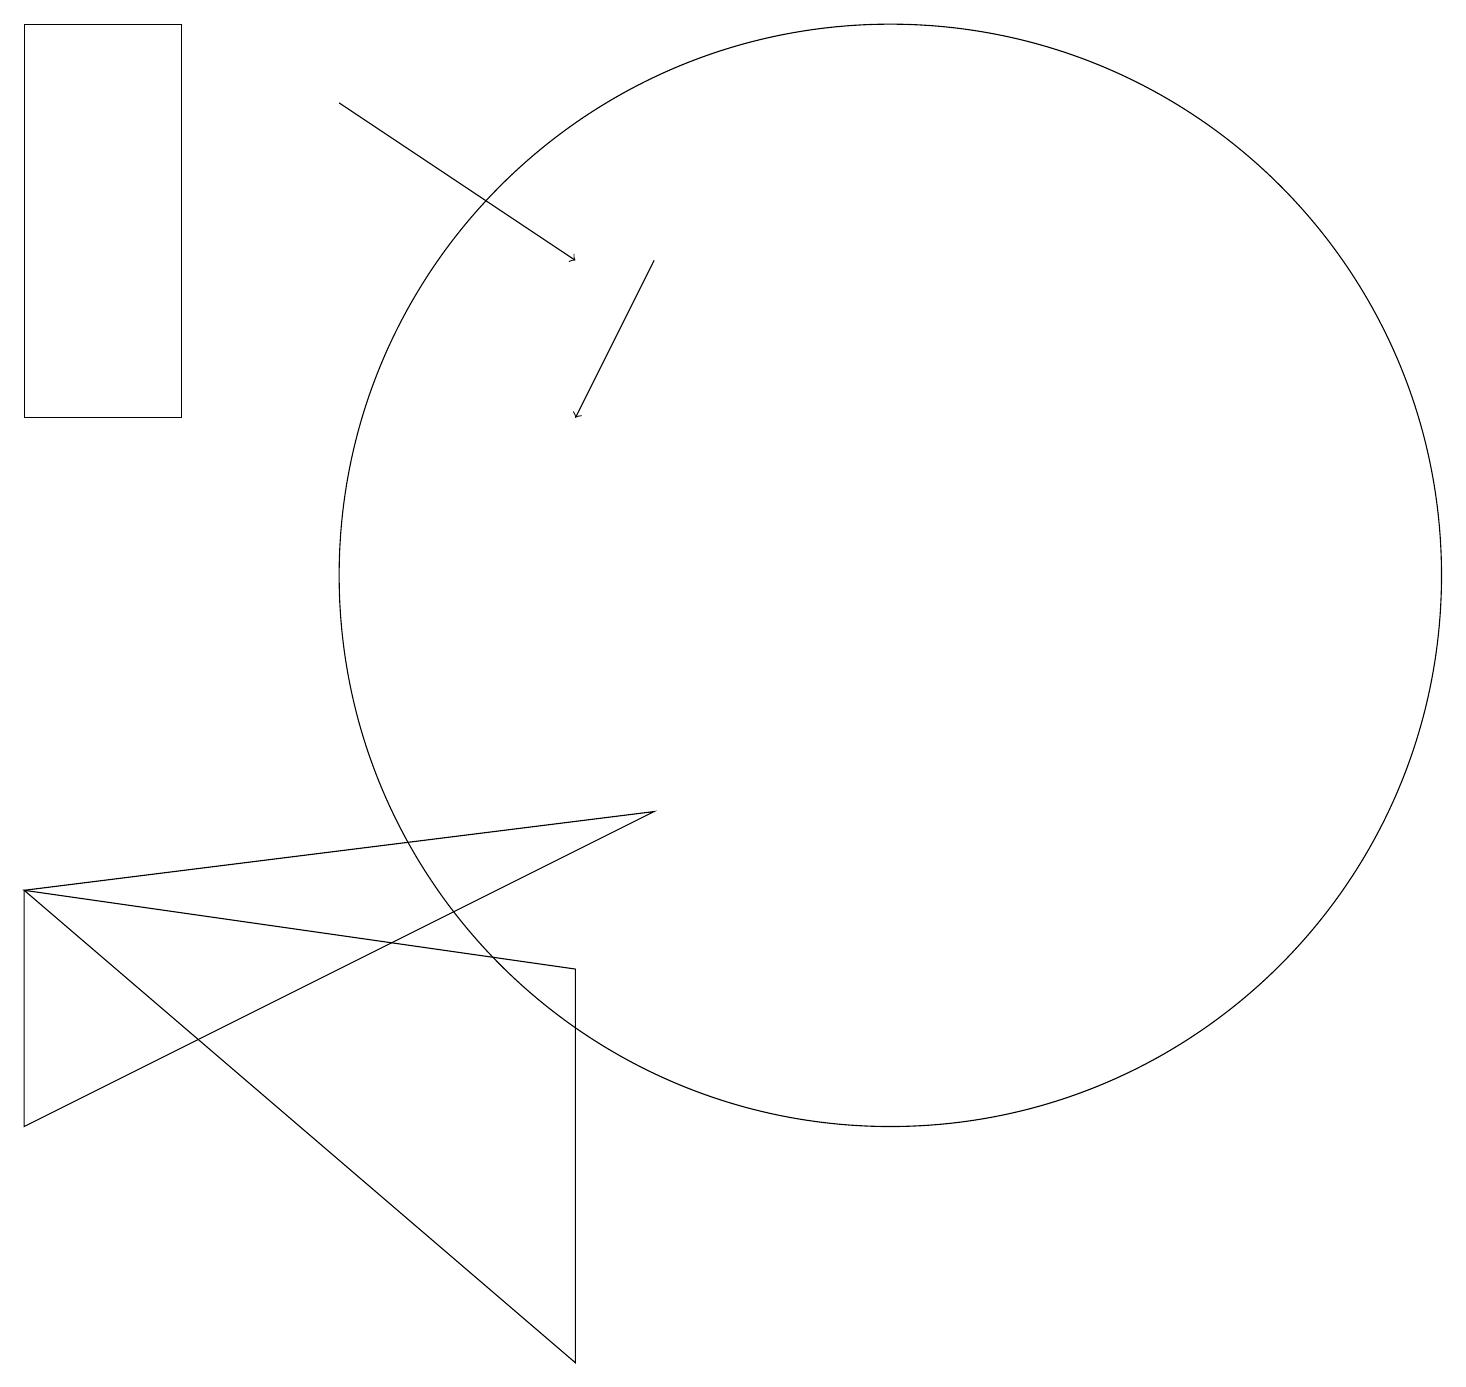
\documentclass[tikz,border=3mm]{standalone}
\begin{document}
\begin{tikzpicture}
\draw (11,10) circle (0);
\draw (9,8) -- (1,7) -- (1,4) -- cycle;
\draw (3,18) rectangle (1,13);
\draw (8,1) -- (8,6) -- (1,7) -- cycle;
\draw (12,11) circle (7);
\draw[->] (5,17) -- (8,15);
\draw[->] (9,15) -- (8,13);
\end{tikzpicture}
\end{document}